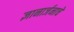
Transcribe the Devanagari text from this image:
ज्ञानार्जनाचे